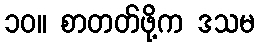
၁၀။ စာတတ်ဖို့က ဒသမ